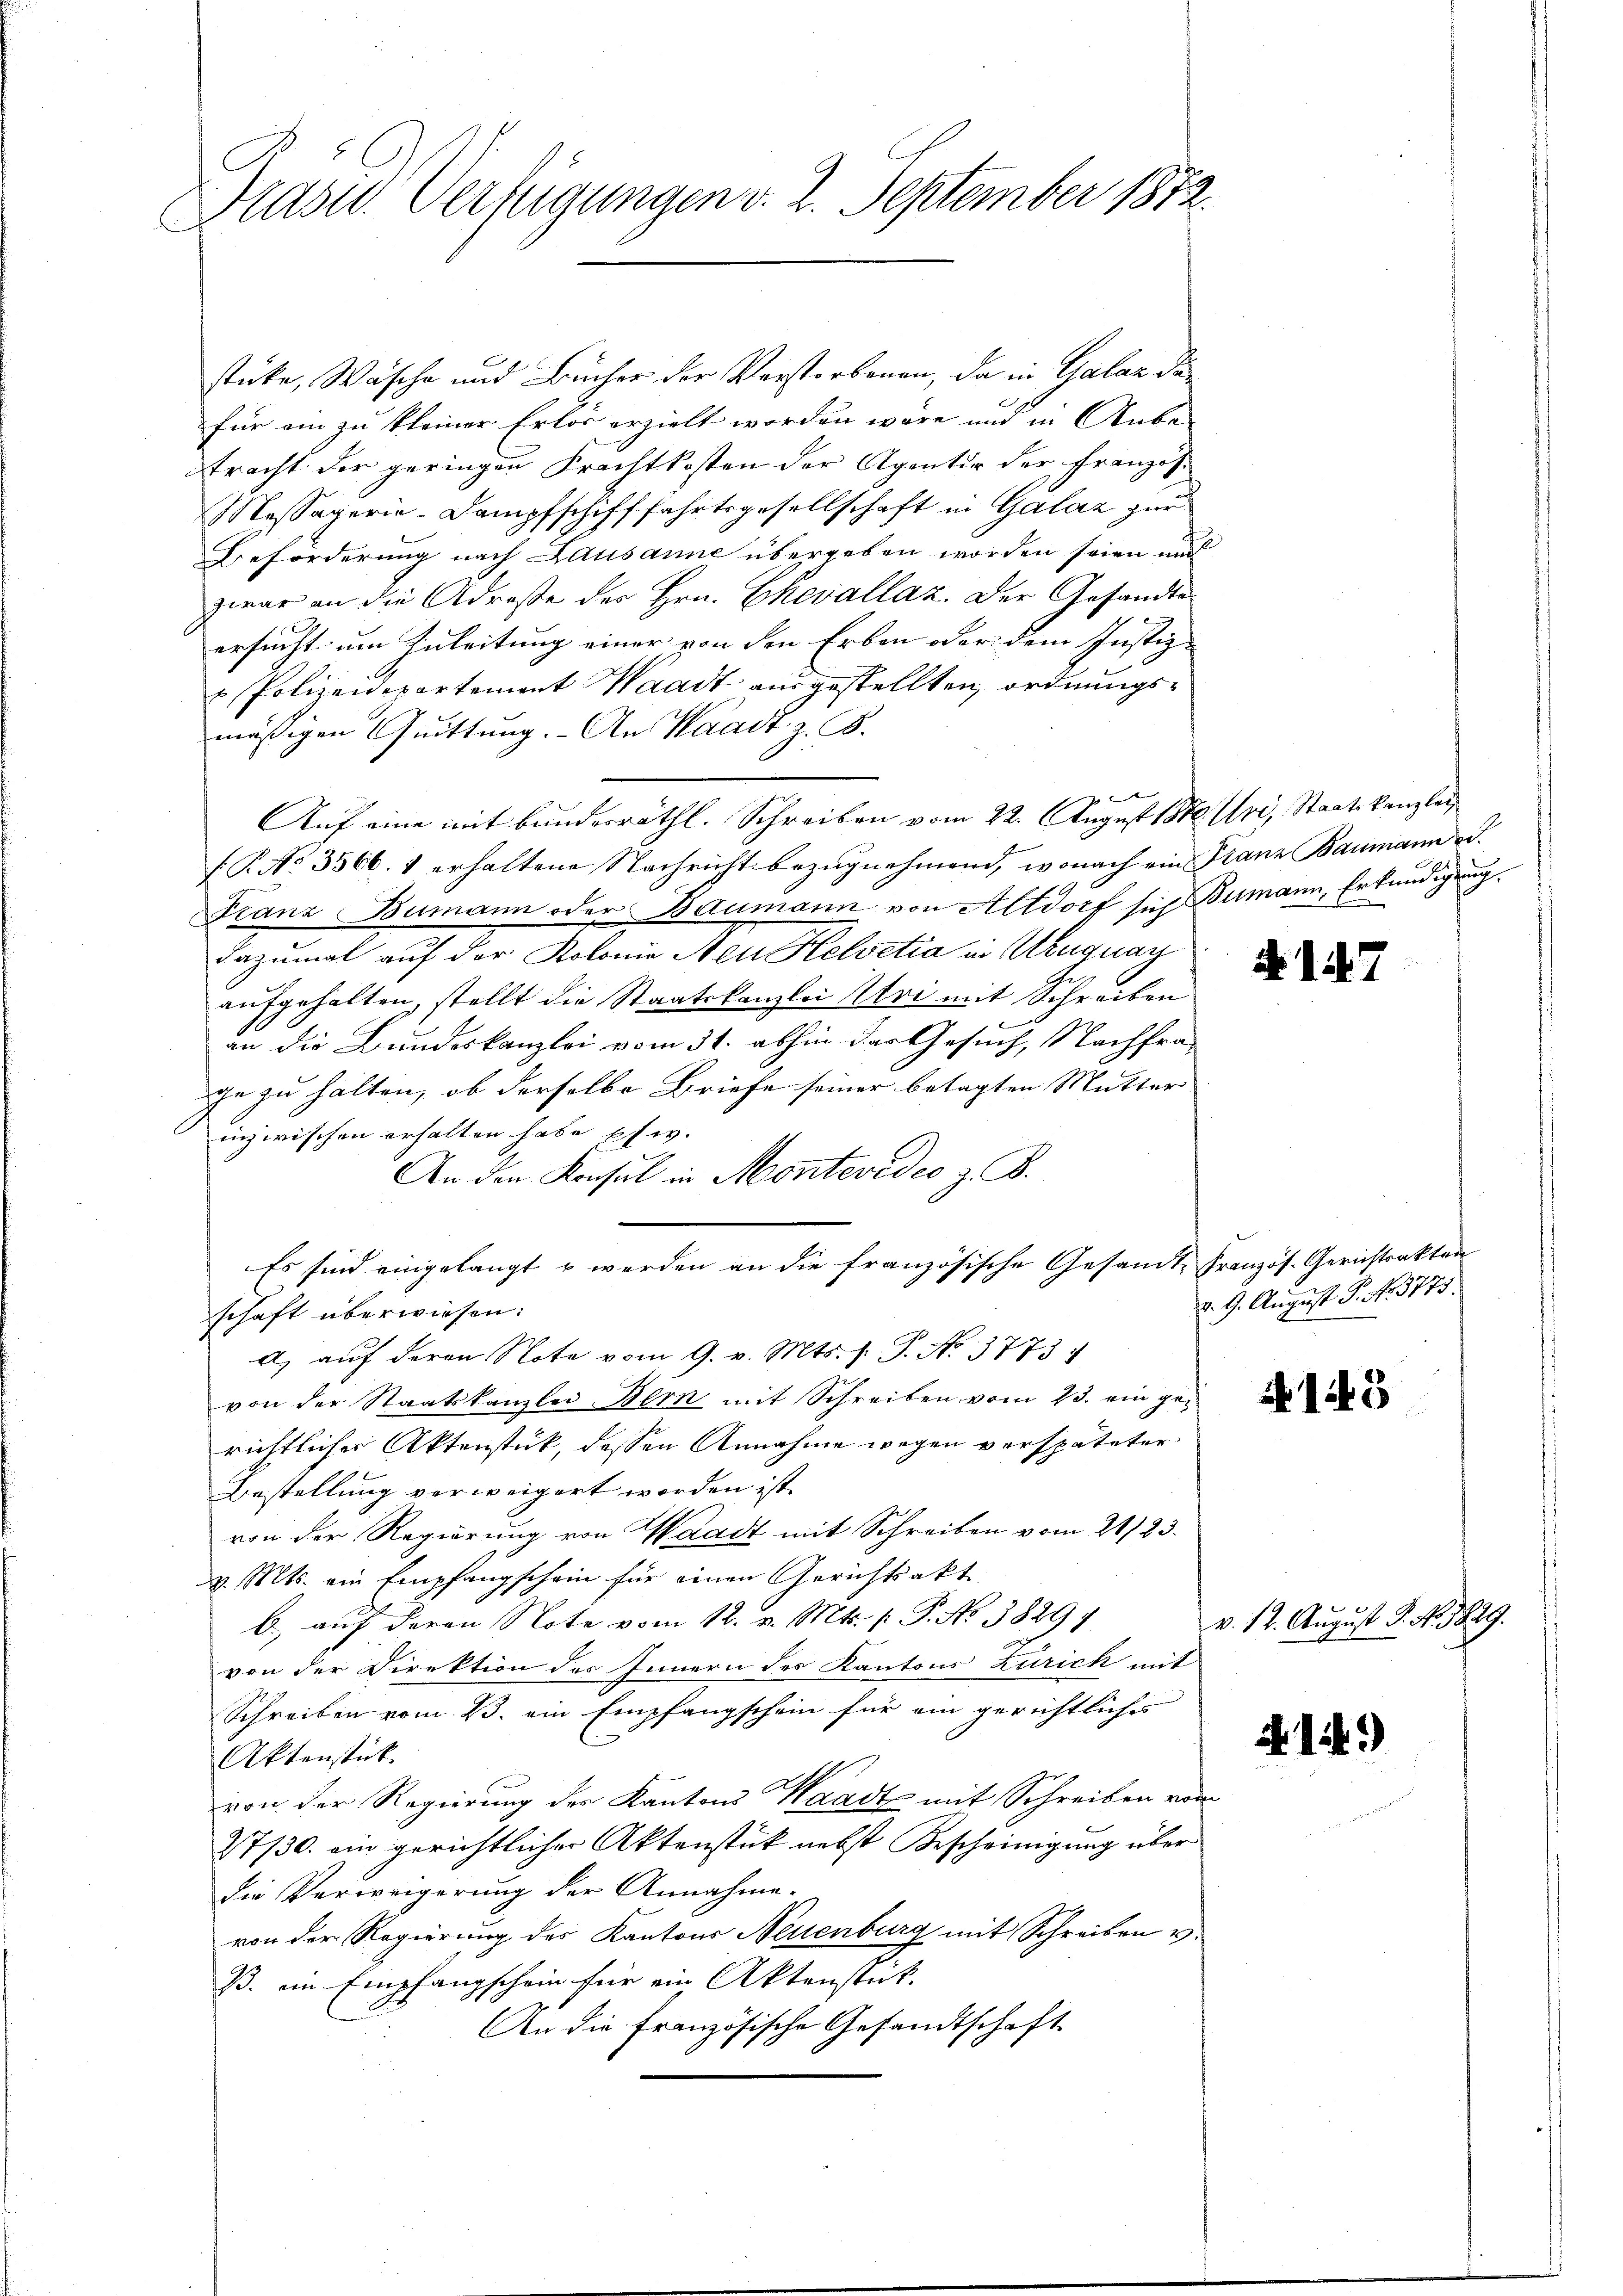
Kasw. Verfügungen v. 2. September 1872.

stücke, Wäsche und Bücher der Verstorbenen, da in Galaz dafür ein zu kleiner Erlös erzielt worden wäre und in Anbe-
tracht der geringen Krachtkosten der Agentur der Französ.
Messagerie-Dampfschifffahrtsgesellschaft in Galaz zur
Beforderung nach Lausanne übergeben worden seien und
zwar an die Adresse des Hrn. Chevallaz. Der Gesandte
ersucht, um Anleitung einer von den Erben oder dem Justiz-
u Polizeidepartement Waadt ausgestellten, ordnungsmäßigen Quittung. An Waadt z. B.
 x
Auf eine mit bunderräthl. Schreiben vom 22. August 18te Uri, Staatskanzley
f.P. No 3566. 1 erhaltene Nachricht bezugnehmend, wonach ein Franz Baumann od.
Franz Bumann oder Baumann von Altdorf sich Bumann, Erkundigung
dazumal auf der Kolonie Neu Helvetia in Uruguay
aufgehalten, stellt die Staatskanzlei Uri mit Schreiben
an die Bundeskanzlei vom 31. abhin das Gesuch, Nachfraje zu halten, ob derselbe Briefe seiner betagten Mutter
inzwischen erhalten habe es w.
An den Konsul in Montevideo z. B.
Es sind eingelangt u werden an die französische Gesandte Französ. Gerichtsakten
schaft überwiesen:
A. aŭf deren Note vom 9. v. Mts. f. J. No. 3773.
von der Staatskanzlei Bern mit Schreiben vom 23. ein gerichtlicher Aktenstück, dessen Annahme wegen verspäteter
Bestellung verweigert worden ist.
von der Regierung von Waadt mit Schreiben vom 21/23.
v. Mts. ein Empfangschein für einen Gerichtsakt
b.) auf deren Note vom 12. v. Mts. f. P. No 3829
von der Direktion des Innern des Kantons Zürick mit
Schreiben vom 23. ein Empfangschein für ein gerichtliche
Aktenstück.
von der Regierung der Kantons Waadt mit Schreiben vom
27/30. ein gerichtlicher Aktenstück nebst Bescheinigung über
die Verweigerung der Annahme.
von der Regierung des Kantons Neuenburg mit Schreiben v.
ß. in Empfangschein für ein Aktenstück.
An die französische Gesandtschaft

N147

d. 9. August P. No. 3775.

15

v. 12. August G. No 3829.

N. 114.)